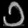
Digit: ၁